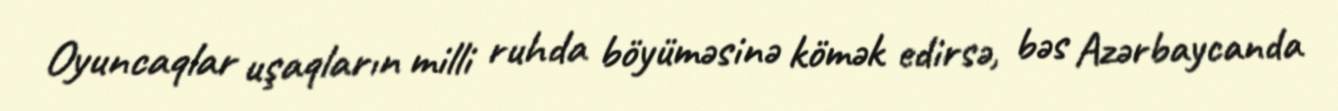
Oyuncaqlar uşaqların milli ruhda böyüməsinə kömək edirsə, bəs Azərbaycanda